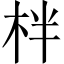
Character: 柈